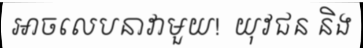
អាចលេបនាវាមួយ!  យុវជន និង